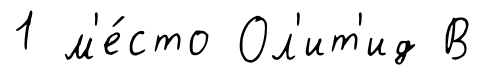
1 м'е́сто Ол'ит'ид В